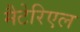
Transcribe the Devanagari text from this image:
मैटेरिएल